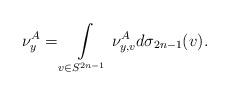
LaTeX: \begin{align*} \nu^A_y = \int\limits_{v \in S^{2n-1}} \nu^A_{y,v} d \sigma_{2n-1}(v). \end{align*}